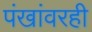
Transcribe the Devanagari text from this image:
पंखांवरही